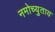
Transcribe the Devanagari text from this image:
नमोच्युताय